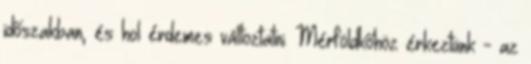
időszakban, és hol érdemes változtatni. Mérföldkőhöz érkeztünk - az